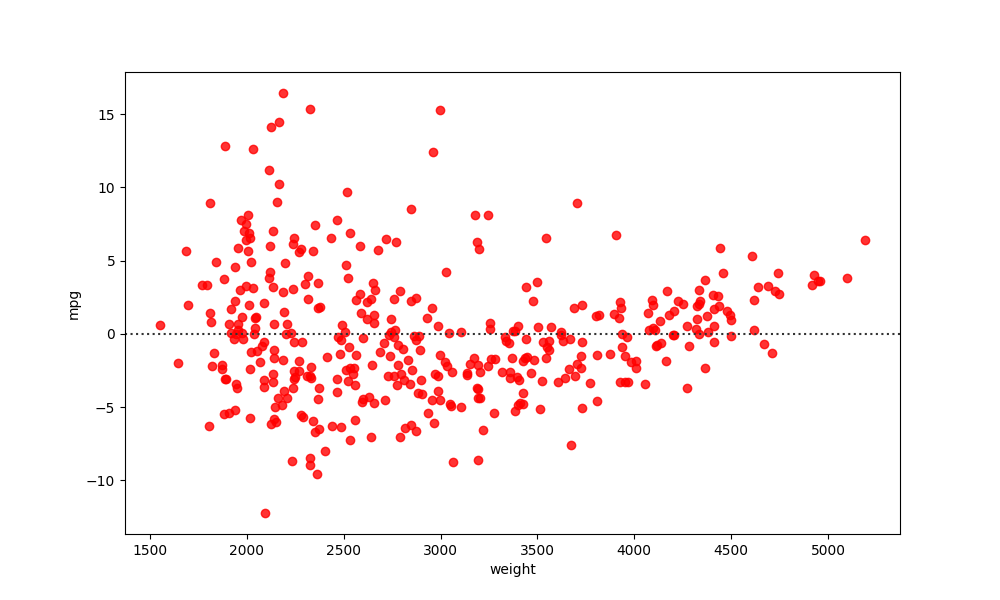
python, seaborn, residplot, lowess=False, scatter_color=red